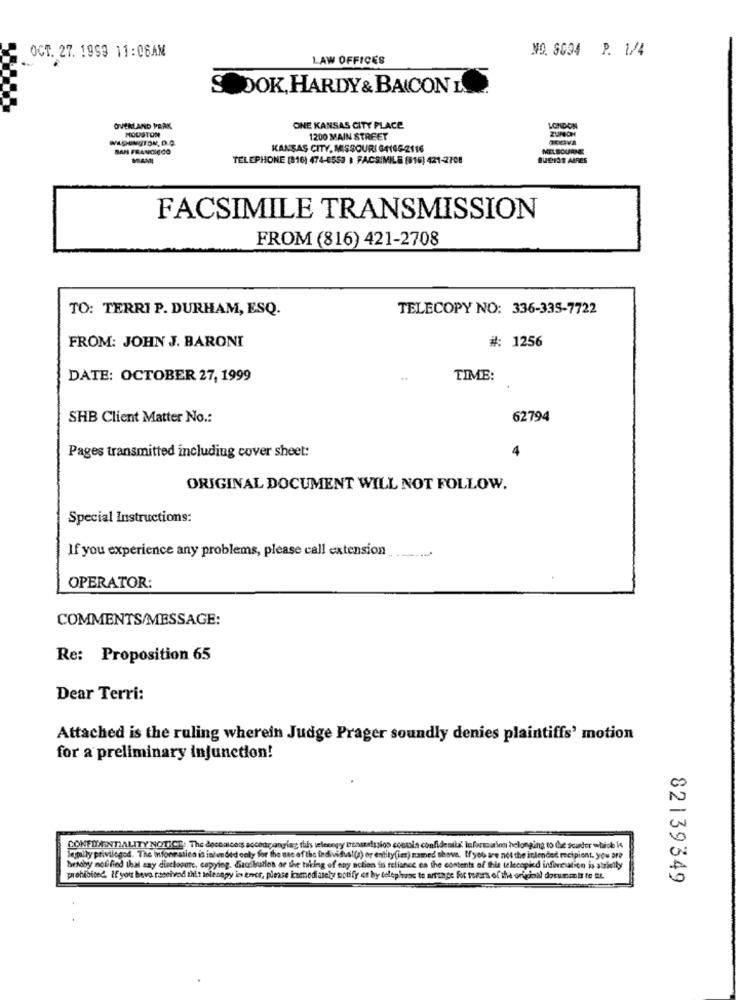
NO. 8094 P. 1/4
OCT. 27. 1999 11:06AM
LAW OFFICES
DOK, HARDY & BAICON L
OVERLAND PEAK
HOUSTON
ONE KANSAS CITY PLACE
LONDON
WASHINGTON, D.O.
1200 MAIN STREET
KANSAS CITY, MISSOURI 64105-2116
MELBOURNE
MAMI
TELEPHONE (816) 474-8553 ) FACSIMILE (816) 421-2708
QUOISS AIRES
FACSIMILE TRANSMISSION
FROM (816) 421-2708
TO: TERRI P. DURHAM, ESQ.
TELECOPY NO: 336-335-7722
FROM: JOHN J. BARONI
#: 1256
DATE: OCTOBER 27, 1999
TIME:
SHB Client Matter No .:
62794
Pages transmitted including cover sheet:
4
ORIGINAL DOCUMENT WILL NOT FOLLOW.
Special Instructions:
If you experience any problems, please call extension
OPERATOR:
COMMENTS/MESSAGE:
Re: Proposition 65
Dear Terri:
Attached is the ruling wherein Judge Prager soundly denies plaintiffs' motion
for a preliminary injunction!
CONFIDENTIALITY NOTICE. The doceacess accompanylag this selecegy ptaseinsioo counis confidentis' Information belonging to the scarder which is
Semily privileged. The information is intended only for the use of the individual(a) or entity(im) named above. Ifyou are not the intended recipient, you are
Besoby notified that any disclosure, copying. dagibution or the taking of any action in reliance on the contents of this telecopied information is strictly
prohibited. If you have received this solecopy ies ener, please inmedi ately notify et by telephaas to arruace for rovers of the original dorumit to IL.
82139349